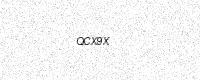
Text: QCX9X